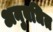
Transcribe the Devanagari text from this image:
अनुबधित